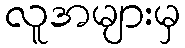
လူအများမှ